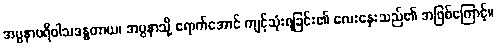
အပ္ပနာပရိဝါသဒန္ဓတာယ၊ အပ္ပနာသို့ ရောက်အောင် ကျင့်သုံးရခြင်း၏ လေးနှေးသည်၏ အဖြစ်ကြောင့်။